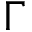
\Gamma